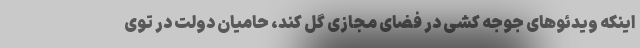
اینکه ویدئو‌های جوجه کشی در فضای مجازی گل کند، حامیان دولت در توی